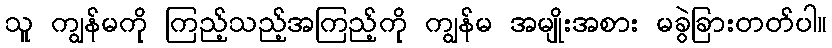
သူ ကျွန်မကို ကြည့်သည့်အကြည့်ကို ကျွန်မ အမျိုးအစား မခွဲခြားတတ်ပါ။